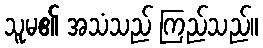
သူမ၏ အသံသည် ကြည်သည်။